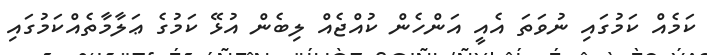
ކަމެއް ކަމުގައި ނުވަތަ އެއީ އަންހެން ކުއްޖެއް ލިބެން އުޅޭ ކަމުގެ ޢަލާމާތެއްކަމުގައި